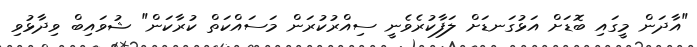
"އާދަން މީގައި ބޮޑަށް އަޅުގަނޑަށް ލަފާކުރެވެނީ ސިއްރުކުރަން މަސައްކަތް ކުރާކަން" ޝުވައިބް ވިދާޅުވި